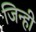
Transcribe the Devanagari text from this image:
जिन्ही